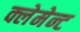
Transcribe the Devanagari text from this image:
क्लेमेन्ट